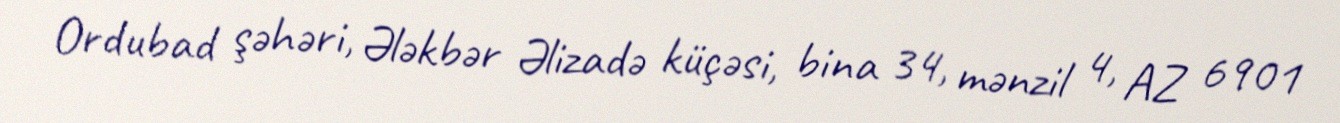
Ordubad şəhəri, Ələkbər Əlizadə küçəsi, bina 34, mənzil 4, AZ 6901